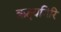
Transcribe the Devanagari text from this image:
ऋक्ष्यगिरि